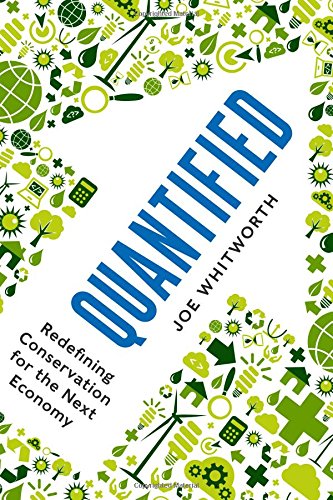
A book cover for Quantified: Redefining Conservation for the Next Economy; Joe S. Whitworth; Science & Math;